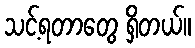
သင့်ရတာတွေ ရှိတယ်။